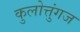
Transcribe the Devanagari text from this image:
कुलोत्तुंगज